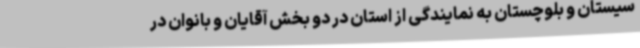
سیستان و بلوچستان به نمایندگی از استان در دو بخش آقایان و بانوان در